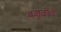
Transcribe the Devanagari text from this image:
बकुळीचे